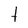
Character: t